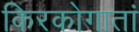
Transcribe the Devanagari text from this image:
किरकोगातां